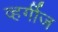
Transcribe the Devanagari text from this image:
व्हर्गीज